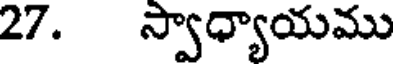
27. స్వాధ్యాయము